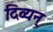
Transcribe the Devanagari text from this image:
दिव्यन्